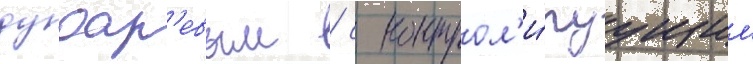
дудар'евым / с контрол'и́руущим